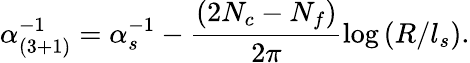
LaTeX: \alpha_{(3+1)}^{-1}=\alpha_{s}^{-1}-\frac{(2N_{c}-N_{f})}{2\pi}\mathrm{log}\left(R/l_{s}\right).